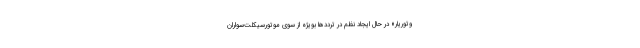
وتوریار» در حال ایجاد نظم در ترددها بویژه از سوی موتورسیکلت‌سواران